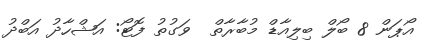
އޯޕަން 8 ބޯލް ބިލިއާޑް މުބާރާތް  ވަގުތު ފޮޓޯ: އަޝްހާދު އަބްދު